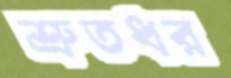
শ্রুতধর